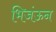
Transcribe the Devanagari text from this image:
भिजंऊन